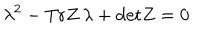
\lambda ^ { 2 } - \mathrm { T r } Z \, \lambda + \mathrm { d e t } Z = 0